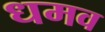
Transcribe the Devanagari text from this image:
धमव